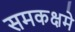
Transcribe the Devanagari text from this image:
समकक्षमे